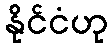
နိုင်ငံဟု